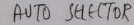
Text: AUTO SELECTOR